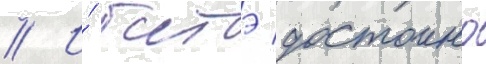
// И́ батэ достоино